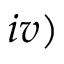
i v )